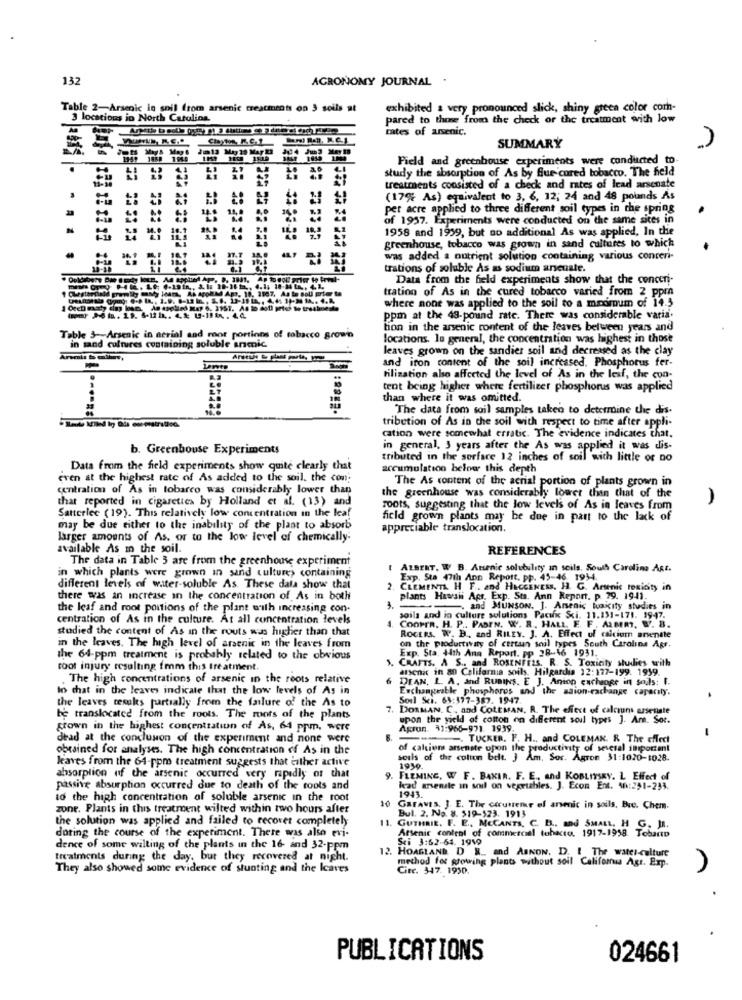
132
AGRONOMY JOURNAL .
Table 2-Arsenic in snil from arsenic treatments on 3 soils at
exhibited a very pronounced slick, shiny green color com-
3 locations in North Carolina
pared to those from the check or the treatment with low
rates of arsenic.
SUMMARY
Field and greenhouse experiments were conducted to.
study the absorption of As by fue cured tobacco. The held
treatments consisted of a check and rates of lead arsenate
(17% As) equivalent to 3, 6, 12; 24 and 48 pounds As
per acre applied to three different soil types in the spring
of 1957. Experiments were conducted on the same sites in
1958 and 1939, but no additional As was applied, In the
greenhouse, tobacco was grown in sand cultures to which
was added a nutrient solution containing various concen-
trations of soluble As as sodium anseuate.
Data from the held experiments show that the conceri-
tration of As in the cured tobacco varied from 2 ppm
where none was applied to the soil to a medmum of 14.5
ppm at the 48-pound rate. There was considerable varia.
tion in the arsenic content of the leaves between years and
Table 3 -- Arsenic in aerial and moor portions of tobacco growin
locations. le general, the concentration was highest in those
in sand cultures containing soluble anmic
leaves grown on the sandier soil and decreased as the clay
and iton content of the soil increased. Phosphorus fer-
tilisation also affected the level of As in the lesf, the con-
tent being higher where fertilizer phosphorus was applied
than where it was omitted.
The data from soil samples taken to determine the dis.
tribution of As in the soil with respect to time after appli-
cation were somewhat erratic. The evidence indicates that.
b. Greenbouse Experiments
in general, 3 years after the As was applied it was dis-
tributed in the sorface 12 inches of soil with little or no
Data from the field experiments show quite clearly that
accumulation below this depth
even at the highest rate of As added to the soil. the com;
The As content of the acrial portion of plants grown in
centration of As in tobarco was considerably lower than
that reported in cigarettes by Holland et al. (13) and
the greenhouse was considerably lower than that of the
)
Satterlec ( 19). This relatively low concentration in the leaf
roots, suggesting that the low levels of As in leaves from
field grown plants may be due in part to the lack of
may be due either to the inability of the plaat to absorb
appreciable translocation.
larger amounts of As. or to the low level of chemically-
available As m the soil.
REFERENCES
The data in Table 3 are from the greenhouse experiment
in which plants were grown in sand culture> containing
I ALBERT. W. B. Arsenic solubility in soils. South Carolina ARE.
Exp. Sta 47th Ann Report, pp. 45-46. 1934.
different levels of water-soluble As. These data show that
2. CLEMENTA H F .. and' HECCENESS, H. G. Arsenic roxicity in
there was an increase in the concentration of As in both
plants Hawaii Apr. Exp. Sta. Ann Report. p. 79. 1941.
the leaf and root portions of the plant with increasing con-
and MUNSON. J. Arsenic waicity studies in
centration of As in the culture. At all concentration levels
soils and in culture solutions Pacific Sci. 11.131-171. 1947.
studied the content of As in the routs was higher than that
4. COOPER. H. P .. PASEN. W. R. HALL E. F. AMM. W. 8.
ROCERS. W. B ., and RILEY. J. A. Effect of calcium arwentte
in the leaves. The high level of arsenic in the leaves from
Exp. Sta, 44th Ann Report. pp 28-46 1931.
on the productivity of certan soil types South Carolina Agr.
the 64-ppm treatment is probably related to the obvious
1. CRAFTS. A S .. and ROSENFELS. R. S. Toxicity studies with
root injury resulting fmm this treatment.
arsenic in an California soils. Hilgardia 12:177-199. 1939.
. The high concentrations of arsenic in the roots relative
6 DEAN, L. A. and RUBINS. E J. Anion exchange in soils: I.
to chat in the leaves indicate that the low levels of As in
Exchangeable phosphores and the saion cachange capacity.
the leaves results partially from the failure of the As to
Soul Sci. 64:377-387. 1947
7.
DORMAN. C. and COLEMAN. R. The effect of calciums usenate
be translocated from the roots. The roots of the plants
upon the yield of cotton on different soil types ]. Am. Soc.
grown in the highest concentration of As, 64 ppm, were
Agrun. 31:966-971. 1939
dead at the conclusion of the experiment and none were
-. TUCKER. F. H ., and COLEMAN. R. The effect
obrained for analyses. The high concentration of As in the
of calciom arsenste opon the productivity of several important
kaves from the 64-ppm treatment suggests that either active
souls of the cotton belt. J Am. Soc. Agron 31:1020-1028.
1939.
absorption of the arsenic occurred very rapidly of that
9. FLEMING, W F. BAKIN. F. E ., and KOBLITSEY, L Effect of
passive absurption occurred due to death of the tools and
hvad grense in soil on vegetables. J. Econ Ent. 46:291-233.
1943.
to the high concentration of soluble arsenic in the root
10
zone. Plants in this treatment wilted within two hours after
GREAVES, J. E. The Ctrutteme of arsenic in soils. Buc. Chem.
the solution was applied and failed to recover completely
11.
Bul. 2. No. 8. 519-523. 1913
during the course of the experiment. There was also evi-
GUTHRIE. F. E ., MECANTS, C.
Arsenic control of commercial tobacto. 1917-1958 Tebano
. C. B .. and SMALL, H G. JR.
Sti 3:62-64. 1959
dence of some wilting of the plants in the 16- and 32-ppm
12.
12. HOAGLAND D R. and AsNON. D. I The water-culture
treatments during the day. but they recovered at night.
method for growing plants without soil Califomia Agr. Exp.
They also showed some evidence of stunting and the Icaves
Citc. 347. 1930.
PUBLICATIONS
024661